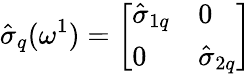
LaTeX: \hat{\sigma}_{q}(\omega^{1})=\left[\begin{array}{ll}{{\hat{\sigma}_{1q}}}&{{0}}\\ {{0}}&{{\hat{\sigma}_{2q}}}\end{array}\right]